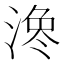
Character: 𪶳